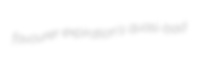
favourer expiration's quasi-bad